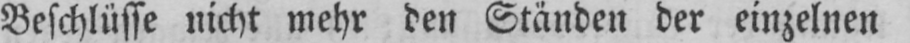
Beschlüsse nicht mehr den Ständen der einzelnen